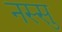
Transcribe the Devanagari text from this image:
नस्सु